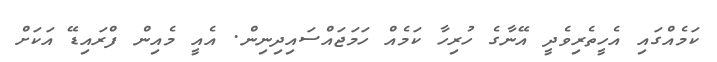
ކަމެއްގައި އެހީތެރިވެދީ އޭނާގެ ހުރިހާ ކަމެއް ހަމަޖައްސައިދިނިން. އެއީ މެއިން ފްރައިޑޭ އަކަށް